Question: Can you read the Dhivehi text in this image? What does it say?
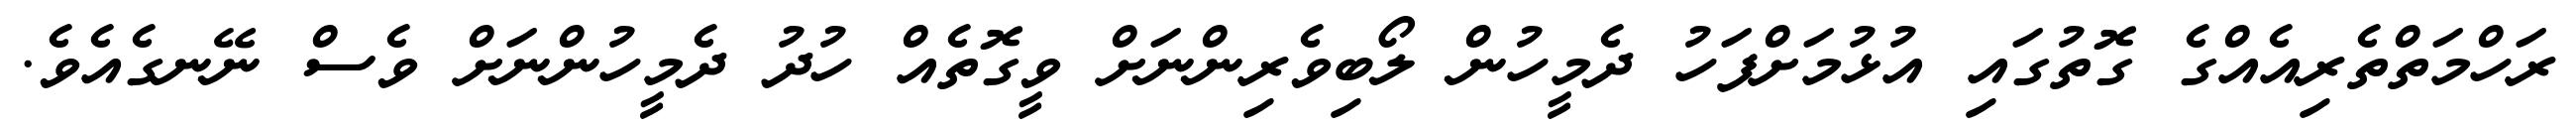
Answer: ރަހްމަތްތެރިއެއްގެ ގޮތުގައި އުޅުމަށްފަހު ދެމީހުން ލޯބިވެރިންނަށް ވީގޮތެއް ހުދު ދެމީހުންނަށް ވެސް ނޭނގެއެވެ.